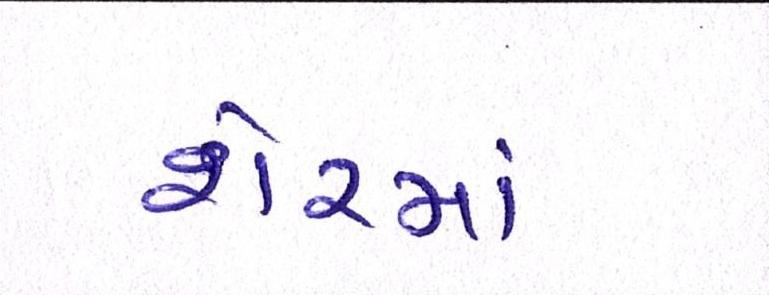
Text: શેરમાં